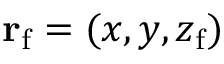
{ \bf r } _ { \mathrm { f } } = ( x , y , z _ { \mathrm { f } } )